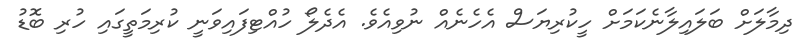
ދިމާލަށް ބަލައިލާނެކަމަށް ހީކުރިޔަސް އެހެނެއް ނުވިއެވެ. އެދެލޯ ހުއްޓިފައިވަނީ ކުރިމަތީގައި ހުރި ބޮޑު